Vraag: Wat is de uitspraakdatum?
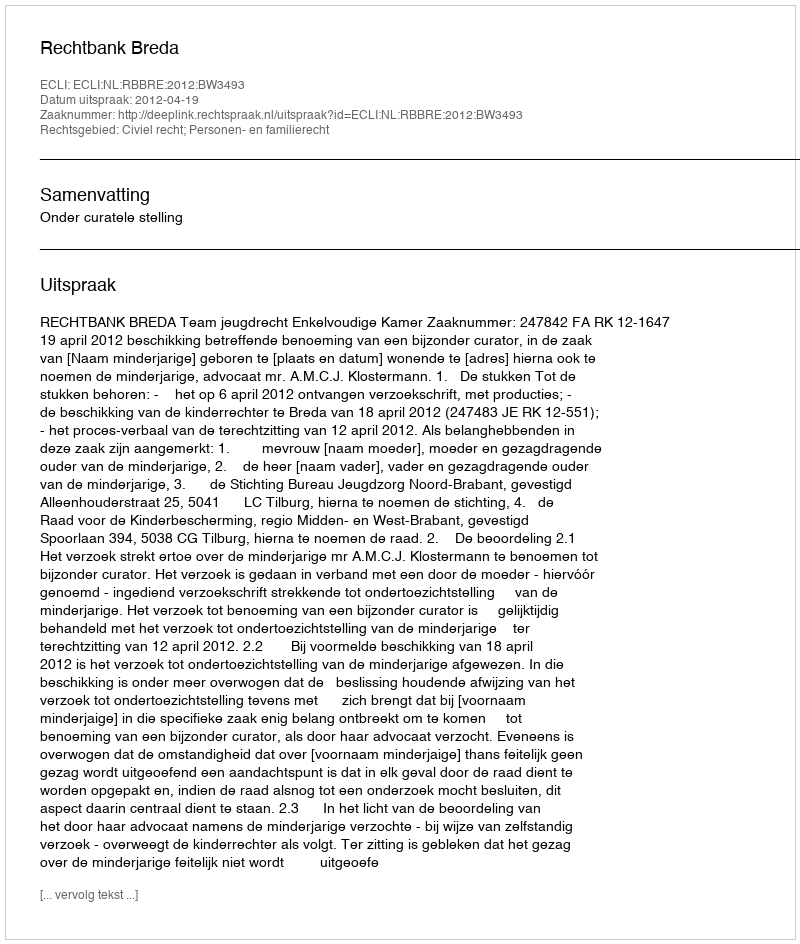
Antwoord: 2012-04-19